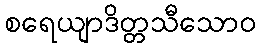
စရေယျာဒိတ္တသီသောဝ